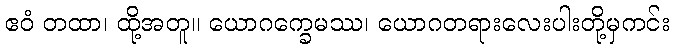
ဧဝံ တထာ၊ ထို့အတူ။ ယောဂက္ခေမဿ၊ ယောဂတရားလေးပါးတို့မှကင်း